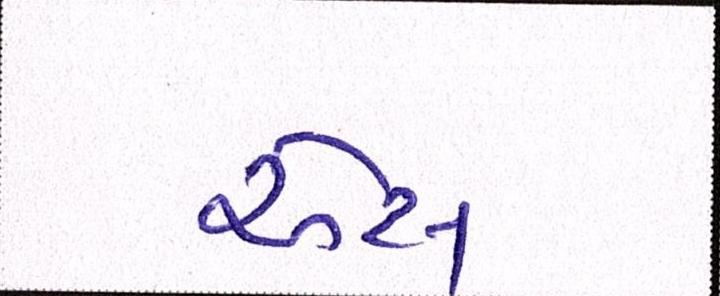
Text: એસ